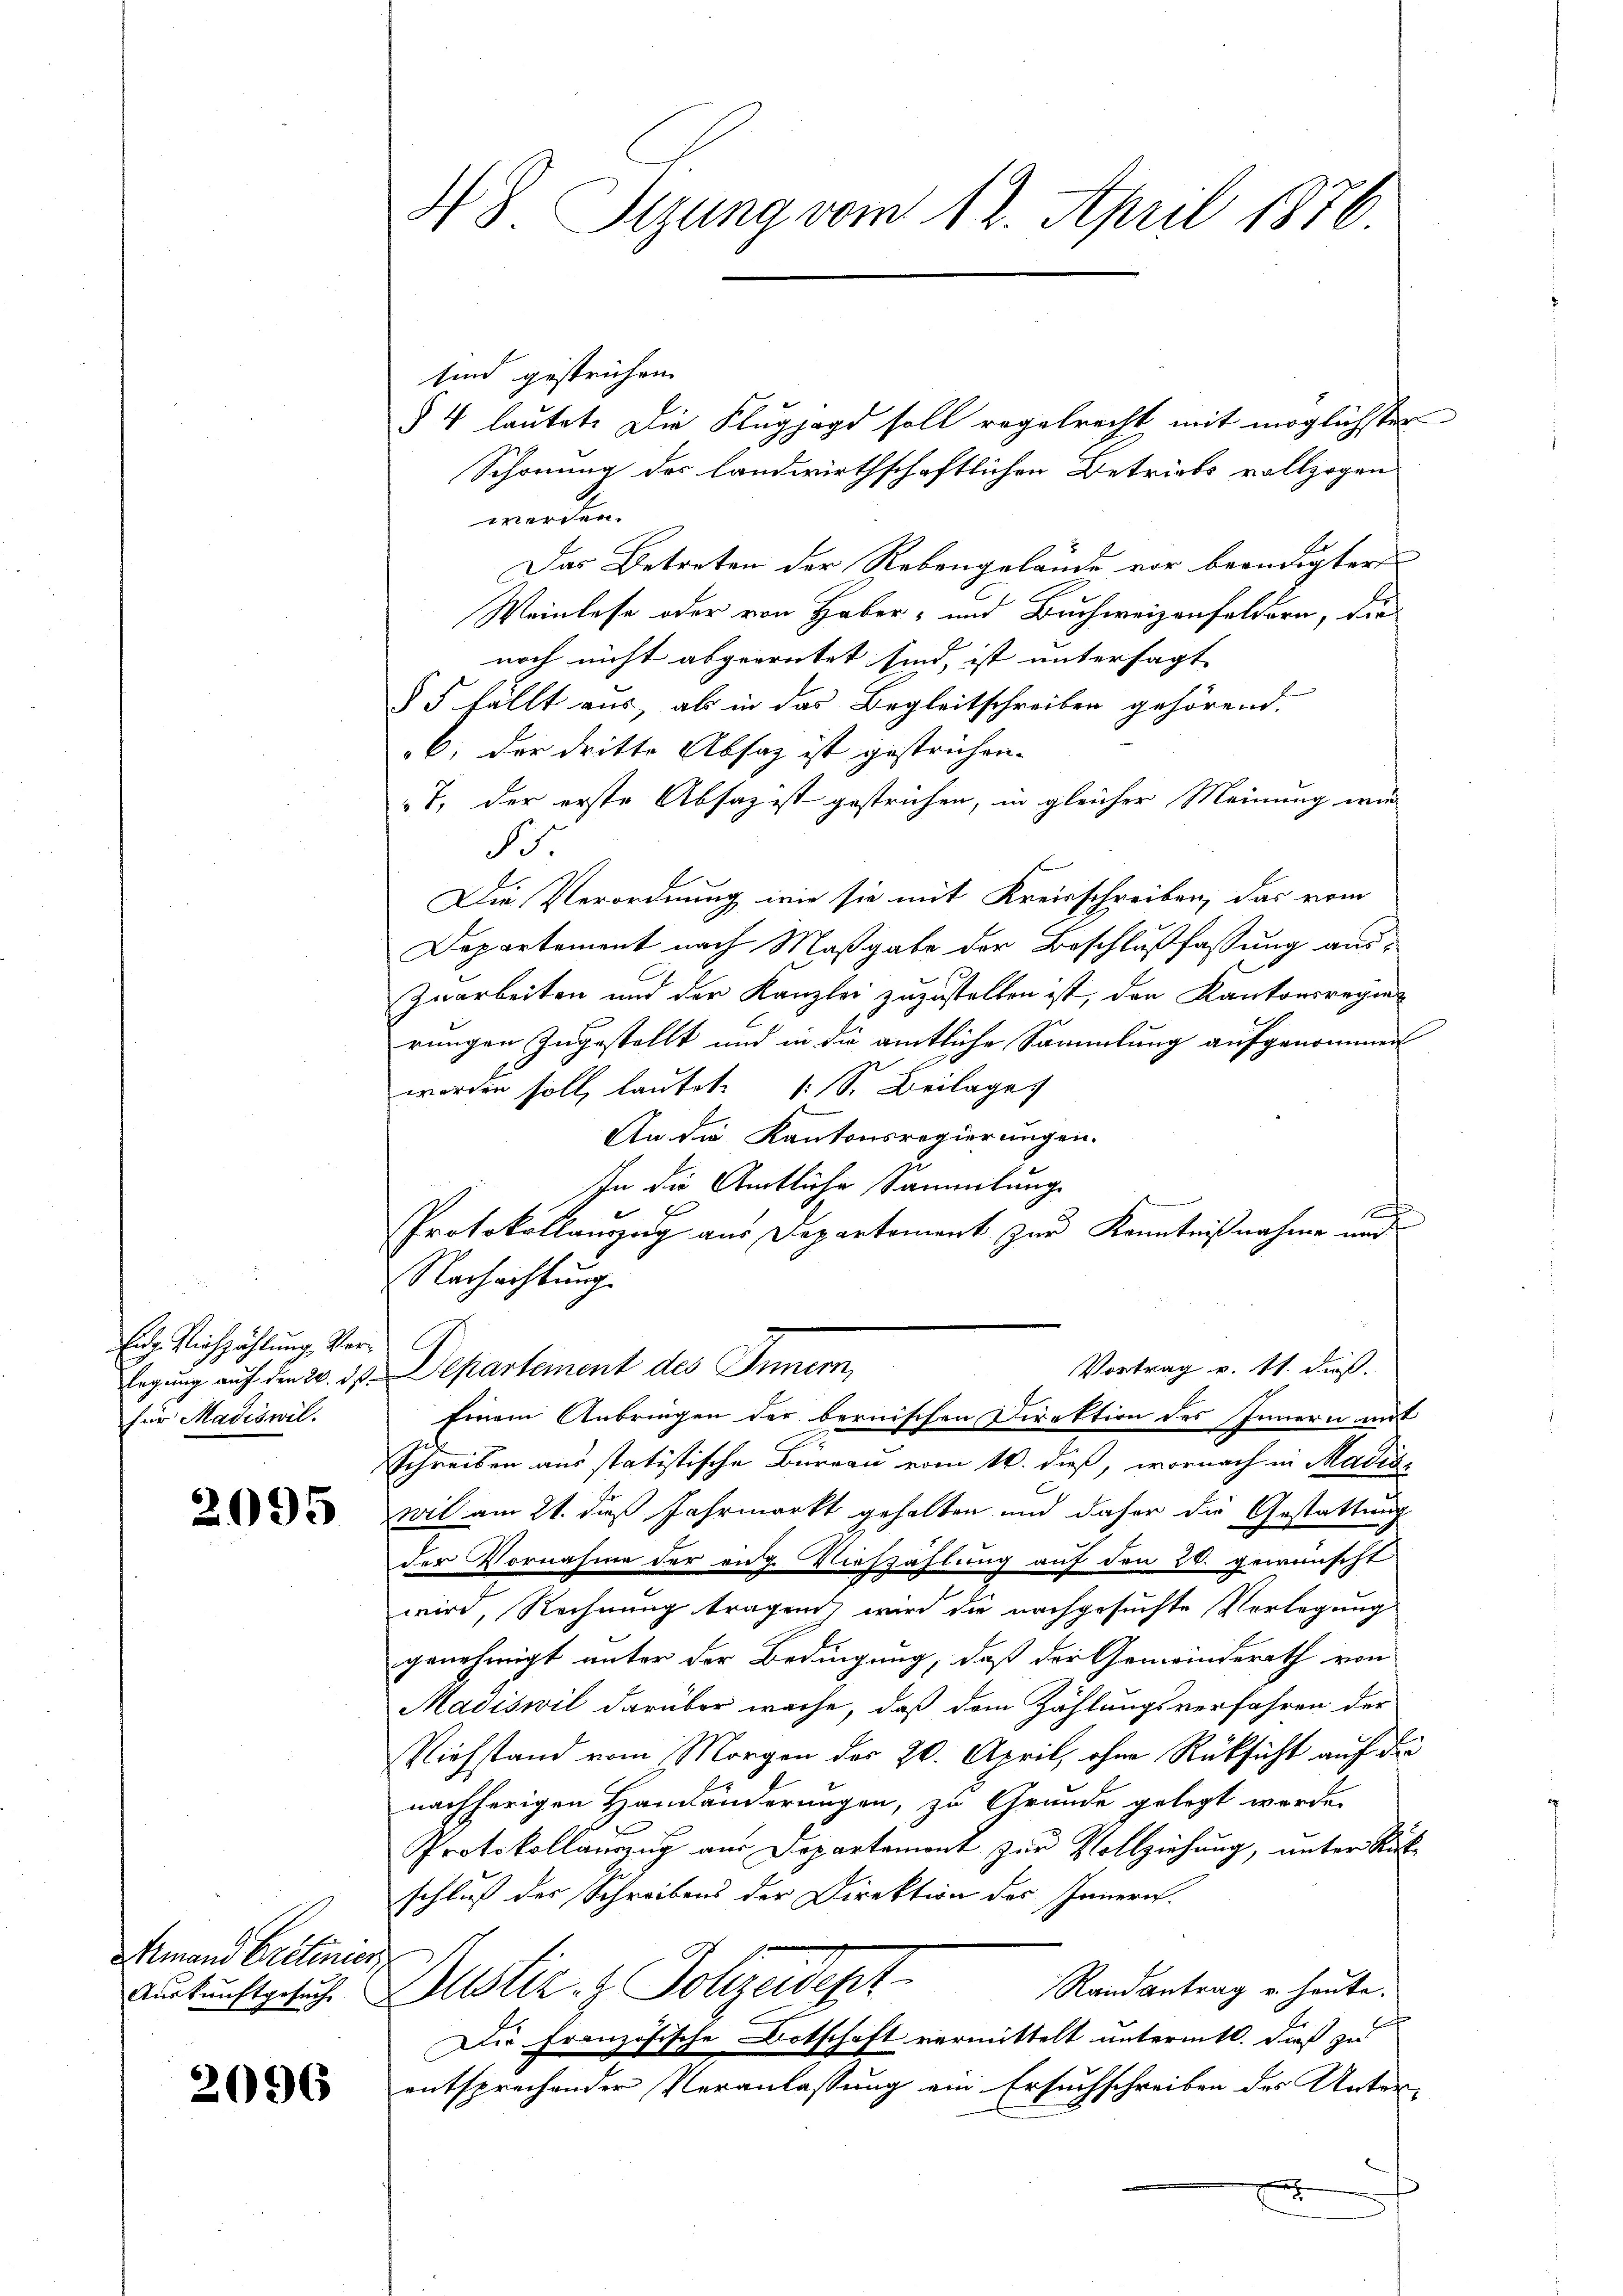
Enge Richzählung, Verlegung auf den 20. ds.
für Madiswil.

2095

Amand Cretinier
Auskunftgesuch

2096

f

48 Sizung vom 12. April 1876

sind gestrichen.
werden.
Das Betreten der Rebengelände vor beendigter
Weinlasse oder von Haber- und Buchweizenfeldern, die
noch nicht abgegrütet sind, ist untersagt
§ 5 fällt aus, als in das Begleitschreiben gehörend.
b. der dritte Absaz ist gestrichen.
T. der erste Absatz ist gestrichen, in gleicher Meinung wie
B.
.
Die Verordnung wie sie mit Kreisschreiben, das vom
Departement nach Maßgabe der Beschlußfassung aus-
Zuarbeiten und der Kanzlei zuzustellen ist, den Kantonsregier
rungen zugestellt und in die amtliche Sammlung aufgenommen
worden soll, lautete (S. Beilage
An die Kantonsregierungen.
In die Amtliche Sammlung
c
Protokollauszug aus Departement zur Kenntnißnahme und
Nachachtung
C
Vortrag v. 11. dieß.
Departement des Innern,
Einem Anbringen der bernischen Direktion des Innern mit
Schreiben aus statistische Bureau vom 16. dieß, wornach in Madiswil am 21. dieß Jahrmarkt gehalten und daher die Gestattung
der Vornahme der eng. Viehzählung auf den 24. gewünscht
wird, Rechnung tragen wird die nachgesuchte Verlegung
genehmigt unter der Bedingung, daß der Gemeinderath von
Madiswil darüber wache, daß dem Zählungsverfahren der
Viehstand vom Morgen des 20. April, ohne Rüksicht auf der
nachherigen Handänderungen, zu Grunde gelegt werde.
Protokollauszug aus Departement zur Vollziehung, unter Rückschluß der Schreibens der Direktion des Innern.
Justiz. Polizeidigt.
Randantrag u. heute.
Die Französische Botschaft vermittelt untermitt. dieß zu
entsprechender Veranlassung ein Ersuchschreiben des Unter-
e

§ 4 lautet. Die Klugjagd soll regelrecht mit möglichster
Schonung des landwirthschaftlichen Betriebs vollzogen